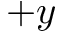
+ y